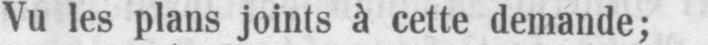
Vu les plans joints à cette demande;